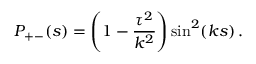
P _ { + - } ( s ) = \left( 1 - \frac { \tau ^ { 2 } } { k ^ { 2 } } \right) \sin ^ { 2 } ( k s ) \, .